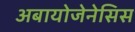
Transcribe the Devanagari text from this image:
अबायोजेनेसिस